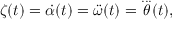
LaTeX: \zeta ( t ) = { \dot { \alpha } } ( t ) = { \ddot { \omega } } ( t ) = { \overset { . . . } { \theta } } ( t ) ,